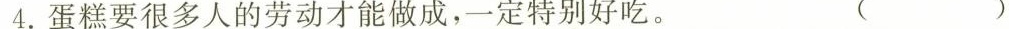
4.蛋糕要很多人的劳动才能做成，一定特别好吃。 （ ）